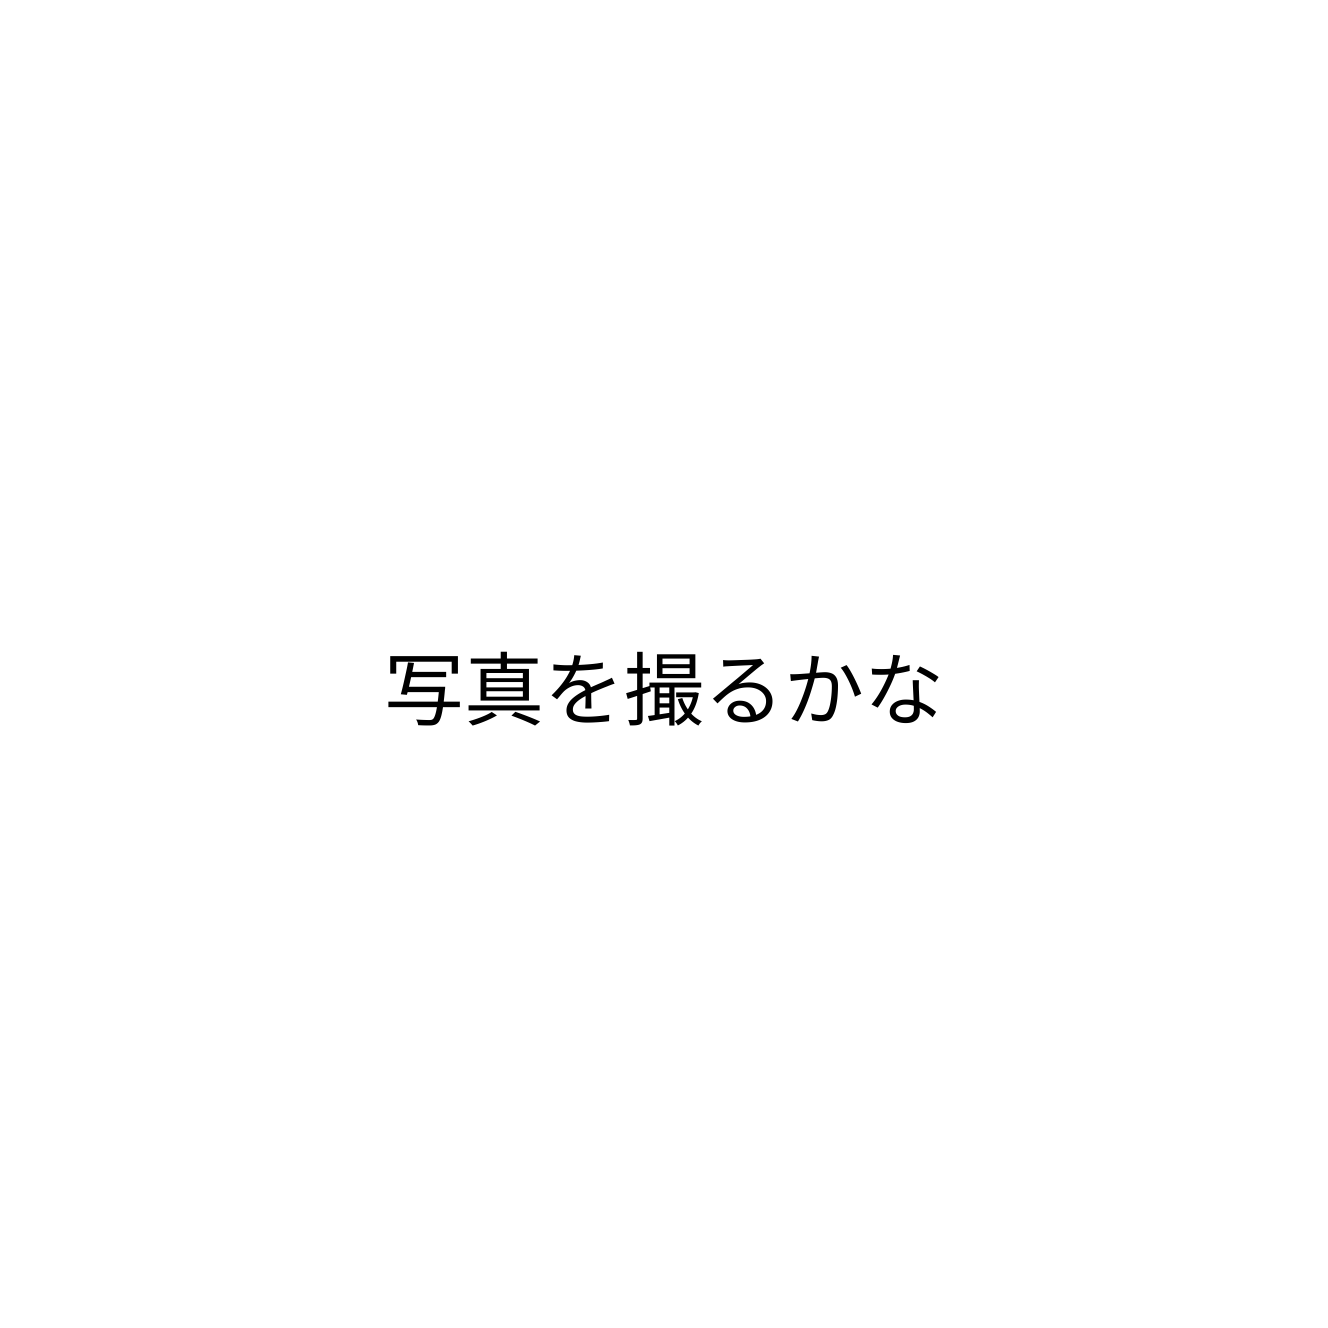
写真を撮るかな